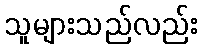
သူများသည်လည်း